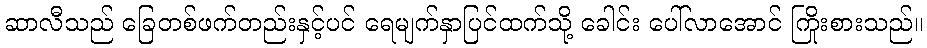
ဆာလီသည် ခြေတစ်ဖက်တည်းနှင့်ပင် ရေမျက်နှာပြင်ထက်သို့ ခေါင်း ပေါ်လာအောင် ကြိုးစားသည်။